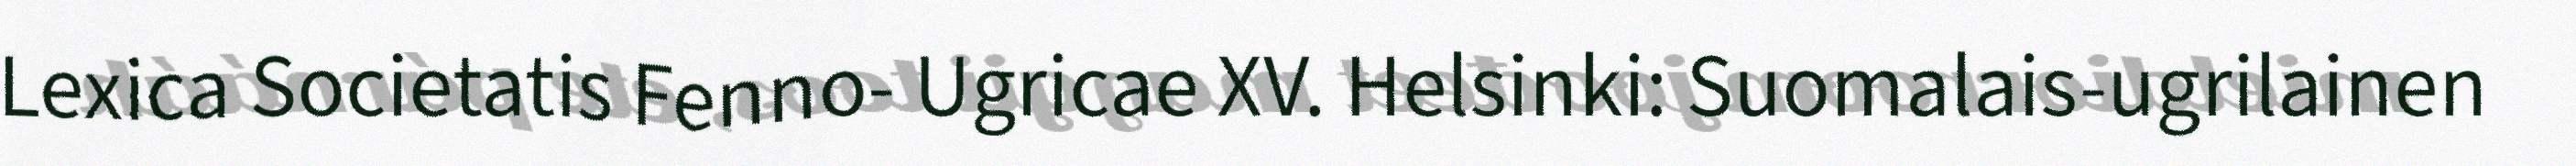
Lexica Societatis Fenno- Ugricae XV. Helsinki: Suomalais-ugrilainen